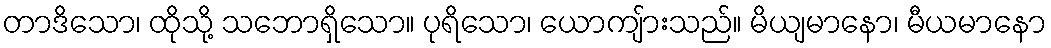
တာဒိသော၊ ထိုသို့ သဘောရှိသော။ ပုရိသော၊ ယောကျ်ားသည်။ မိယျမာနော၊ မီယမာနော